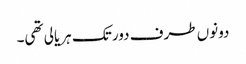
دونوں طرف دور تک ہریالی تھی۔